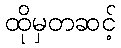
ထိုမှတဆင့်